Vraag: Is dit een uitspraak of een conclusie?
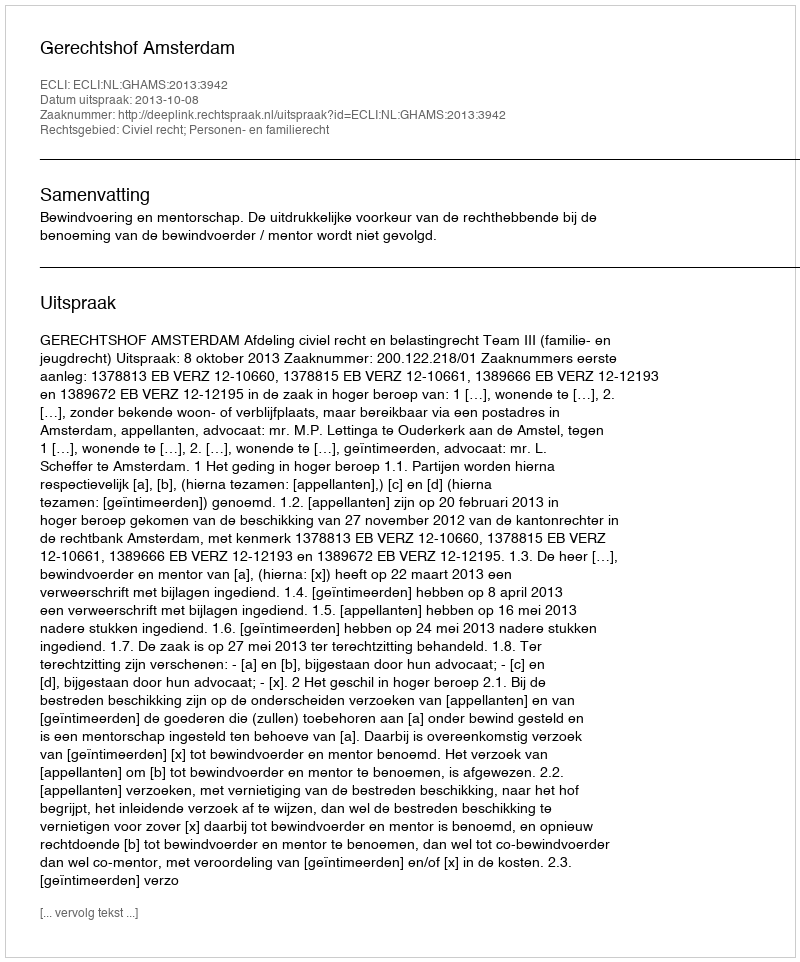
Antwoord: Uitspraak